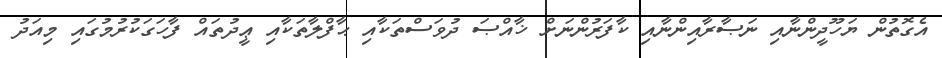
އެގޮތުން ޔަހޫދީންނާއި ނަޞާރާއިންނާއި ކާފަރުންނަށް ޚާއްޞަ ދުވަސްތަކާއި ޙާފްލާތަކާއި ޢީދުތައް ފާހަގަކުރުމުގައި މިއަދު